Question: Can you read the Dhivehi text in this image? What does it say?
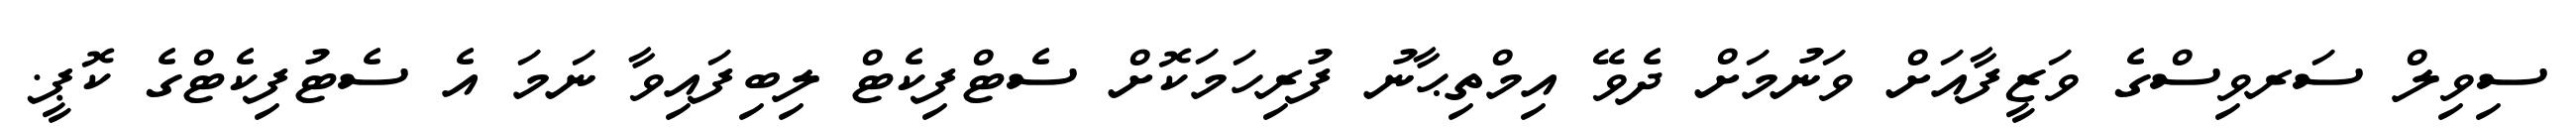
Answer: ސިވިލް ސަރވިސްގެ ވަޒީފާއަށް ވަނުމަށް ދެވޭ އިމްތިޙާނު ފުރިހަމަކޮށް ސެޓްފިކެޓް ލިބިފައިވާ ނަމަ އެ ސެޓުފިކެޓްގެ ކޮޕީ.